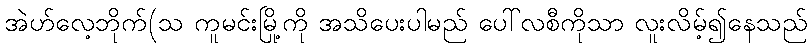
အဲဟ်လေ့ဘိုက်(သ ကူမင်းမြို့ကို အသိပေးပါမည် ပေါ်လစီကိုသာ လူးလိမ့်၍နေသည်